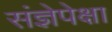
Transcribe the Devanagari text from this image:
संज्ञेपेक्षा